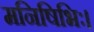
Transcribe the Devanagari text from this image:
मनिषिभिः।